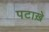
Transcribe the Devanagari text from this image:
पटाख़े